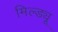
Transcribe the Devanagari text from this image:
मिल्ड्यू